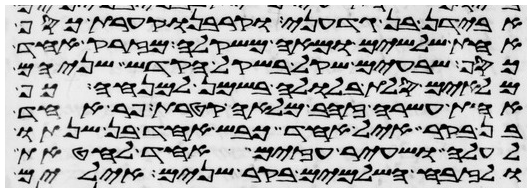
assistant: אבידן בן גדעוני וקרבנו קערת כסף
אחת שלשים ומאה משקלה מזרק אחד
כסף שבעים שקל בשקל הקדש שניהם
מלאים סלת בלולה בשמן למנחה כף
אחת עשרה זהב מלאה קטרת פר אחד
בן בקר איל אחד כבש אחד בן שנתו
לעלה ושעיר עזים אחד לחטאת
ולזבח השלמים בקר שנים אילים